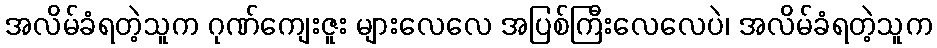
အလိမ်ခံရတဲ့သူက ဂုဏ်ကျေးဇူး များလေလေ အပြစ်ကြီးလေလေပဲ၊ အလိမ်ခံရတဲ့သူက